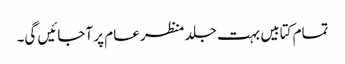
تمام کتابیں بہت جلد منظر عام پر آجائیں گی۔